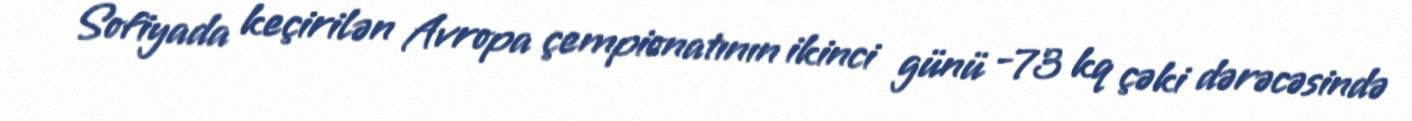
Sofiyada keçirilən Avropa çempionatının ikinci günü -73 kq çəki dərəcəsində